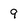
Character: 9